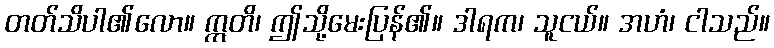
တတ်သိပါ၏လော။ ဣတိ၊ ဤသို့မေးပြန်၏။ ဒါရက၊ သူငယ်။ အဟံ၊ ငါသည်။